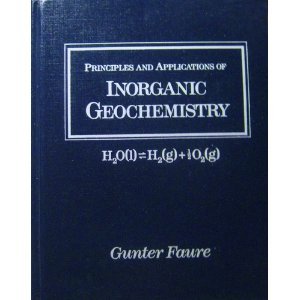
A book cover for Principles and Applications of Inorganic Geochemistry: A Comprehensive Textbook for Geology Students; Gunter Faure; Science & Math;